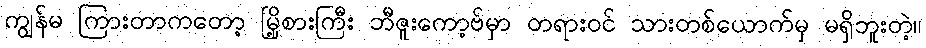
ကျွန်မ ကြားတာကတော့ မြို့စားကြီး ဘီဇူးကော့ဗ်မှာ တရားဝင် သားတစ်ယောက်မှ မရှိဘူးတဲ့။